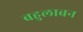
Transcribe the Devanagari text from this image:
बहुलाबन